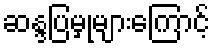
ဆန္ဒပြမှုများကြောင့်